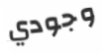
وجودي